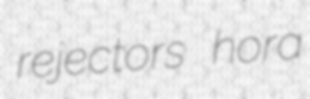
rejectors hora